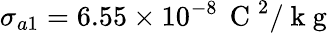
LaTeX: \sigma_{a1}=6.55\times 10^{-8}\, \mathrm{~C~}^{2}/\mathrm{~k~g~}